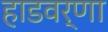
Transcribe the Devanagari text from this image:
हाडवर्णा